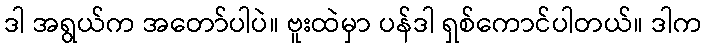
ဒါ အရွယ်က အတော်ပါပဲ။ ဗူးထဲမှာ ပန်ဒါ ရှစ်ကောင်ပါတယ်။ ဒါက